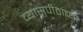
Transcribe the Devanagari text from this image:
व्यासपीठांच्या